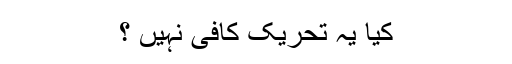
کیا یہ تحریک کافی نہیں ؟